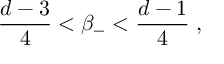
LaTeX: \frac { d - 3 } { 4 } < \beta _ { - } < \frac { d - 1 } { 4 } \; ,